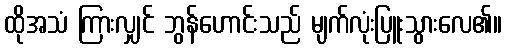
ထိုအသံ ကြားလျှင် ဘွန်ဟောင်းသည် မျက်လုံးပြူးသွားလေ၏။